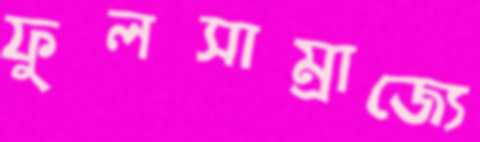
ফুলসাম্রাজ্যে